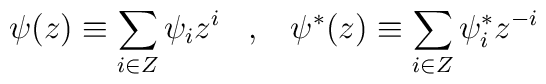
\psi(z) \equiv \sum_{i \in Z} \psi_{i}z^{i}\;\;\;,\;\;\;\psi^{\ast}(z)\equiv \sum_{i \in Z}\psi^{\ast}_{i}z^{-i}